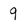
Character: 9